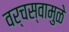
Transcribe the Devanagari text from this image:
वर्चस्वामुळे